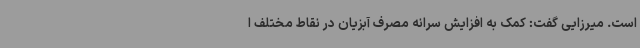
است. میرزایی گفت: کمک به افزایش سرانه مصرف آبزیان در نقاط مختلف ا